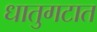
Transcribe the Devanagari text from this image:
धातुगटात